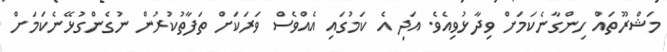
މަޝްރޫތައް ހިންގާނެކަމަށް ވިދާޅުވިއެވެ. އަދި އެ ކަމުގައި އެއްވެސް ވަރަކަށް ތަފާތުކުރުން ނުގެންގުޅޭނެކަމަށް